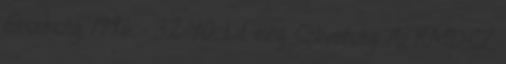
Érsekség, 1996. - 32-40. Ld. még: Szövetség: Az RMDSZ